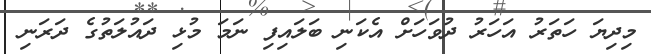
މިދިޔަ ހަތަރު އަހަރު ދުވަހަށް އެކަނި ބަލައިފި ނަމަ މުޅި ދައުލަތުގެ ދަރަނި